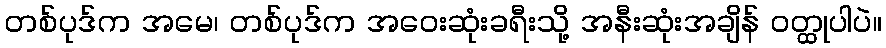
တစ်ပုဒ်က အမေ၊ တစ်ပုဒ်က အဝေးဆုံးခရီးသို့ အနီးဆုံးအချိန် ဝတ္ထုပါပဲ။